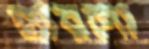
হ্যারগো